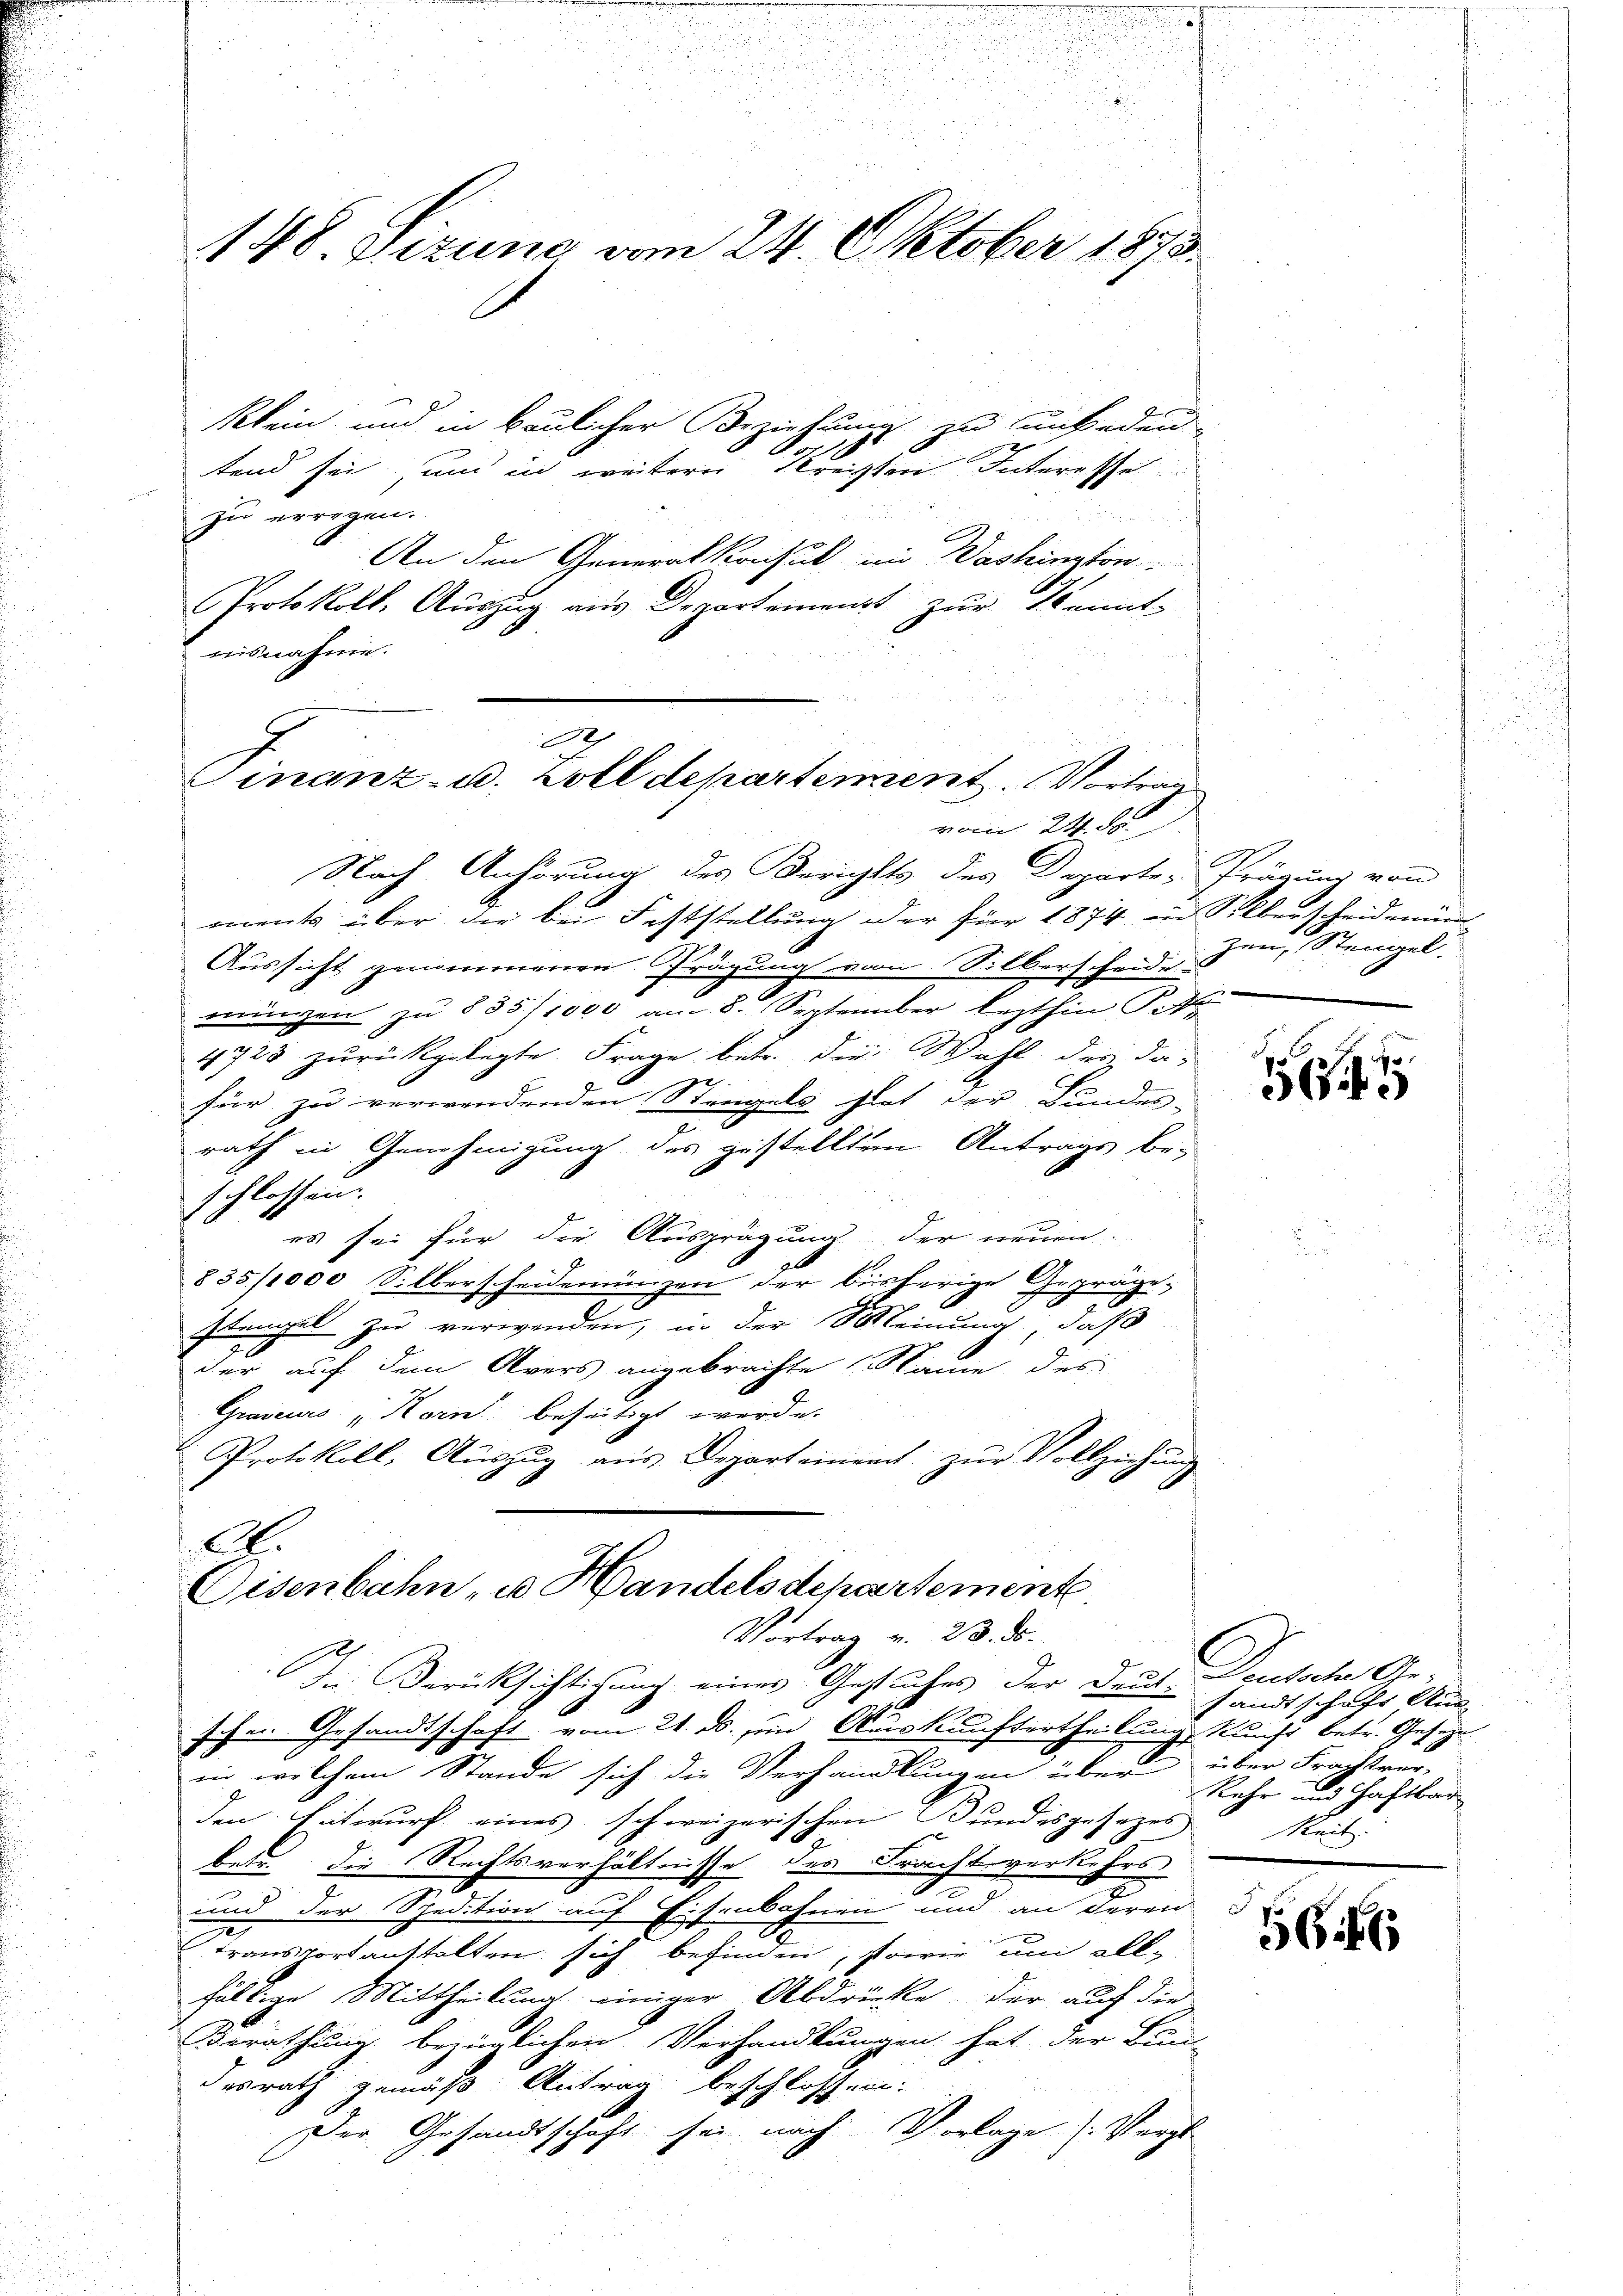
148. Sizune vom 24. Oktober 1873.

klein und in baulicher Beziehungs zu unbeden
tend sei, und in weitern Preisten Interesse
zu erregen.
An den Generalkonsul in Washington
Protokoll, Auszug aus Departement zur Kennt-
nisnahme.
vom 24. de
Nach Anhörung des Berichts des Departe-
ments über die bei Feststellung der für 1874 in Silberscheidenen
Aussicht genommenen Prägung vom Silberscheide
errungen zu § 3511000' 8. September lezthin Pete
4728 zurückgelegte Frage betr. der Wahl des da-
.
für zu verwendenden Stengels hat der Bundes-
rath in Genehmigung des gestellten Antrags be-
schlossen.
es sei für die Ausprägung der neuen.
835/1000 Silberscheidemünzen der bisherige Gepräge,
Stengel zu verwenden, in der Meinung, daß
der auf dem Avers angebrachte Name des
Graveurs Korn beseitigt werde.
Protokoll, Auszug aus Departement zur Vollziehung

.
Finanz- u. Zolldepartement. Vortrag

A.
Eisenbahn, u. Handelsdepartemente
Vortrag v. 23. ds.

Im Berücksichtigung eines Gesuches der Druckt Deutsche Ge-
schen Gesandtschaft vom 21. ds. zum Auskunftertheilung Kunst betr. Geseyn
in welchem Stande sich die Verhandlungen über über Frachtrur-
den Entwurf eines schweizerischen Bundesgesezes Reit
betr. die Rechtsverhältnisse des Frachtverkehrs
2
n
und der Spedition auf Eisenbahnen und an deren
transportanstalten sich befinden, sowie um all-
fältige Mittheilung einiger Abdrücke, der auf die
Berathung bezüglichen Verhandlungen hat der Bun-
desrath gemäß Antrag beschlossen.
Der Gesandtschaft sei nach Vorlage (Vergl.

Prägung von
zen, Steigel.

1

sandtschaft Aus-
Kehr und Haftbar

E

566